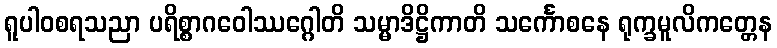
ရူပါဝစရသညာ ပရိစ္စာဂဝေါဿဂ္ဂေါတိ သမ္မာဒိဋ္ဌိကာတိ သင်္ကောစနေ ရုက္ခမူလိကတ္တေန